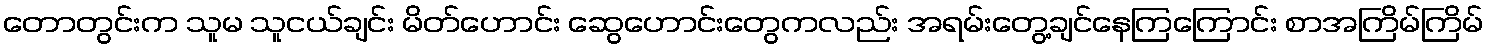
တောတွင်းက သူမ သူငယ်ချင်း မိတ်ဟောင်း ဆွေဟောင်းတွေကလည်း အရမ်းတွေ့ချင်နေကြကြောင်း စာအကြိမ်ကြိမ်